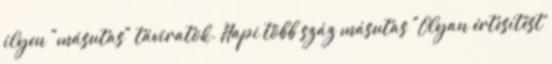
ilyen "másutas" táviratok. Napi több száz másutas "Olyan értesítést